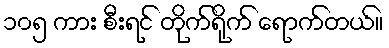
၁၀၅ ကား စီးရင် တိုက်ရိုက် ရောက်တယ်။